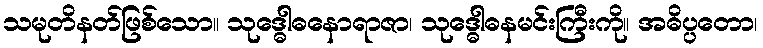
သမုတိနတ်ဖြစ်သော။ သုဒ္ဓေါဓနောရာဇာ၊ သုဒ္ဓေါဓနမင်းကြီးကို။ အဓိပ္ပတော၊